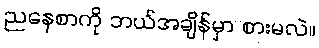
ညနေစာကို ဘယ်အချိန်မှာ စားမလဲ။